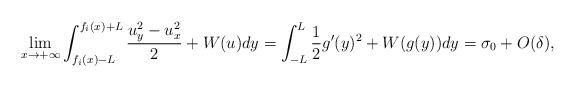
LaTeX: \begin{align*}\lim_{x\to+\infty}\int_{f_i(x)-L}^{f_i(x)+L}\frac{u_y^2-u_x^2}{2}+W(u)dy=\int_{-L}^L\frac{1}{2}g^\prime(y)^2+W(g(y))dy=\sigma_0+O(\delta),\end{align*}